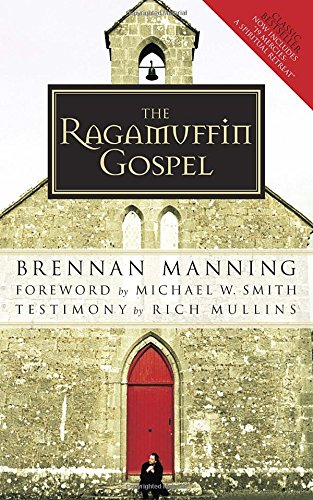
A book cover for The Ragamuffin Gospel: Good News for the Bedraggled, Beat-Up, and Burnt Out; Brennan Manning; Christian Books & Bibles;